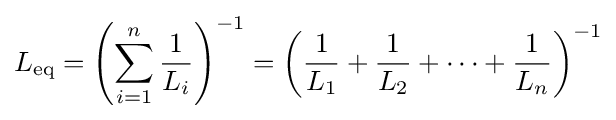
L_{\mathrm {eq} }=\left(\sum _{i=1}^{n}{1 \over L_{i}}\right)^{-1}=\left({1 \over L_{1}}+{1 \over L_{2}}+\dots +{1 \over L_{n}}\right)^{-1}